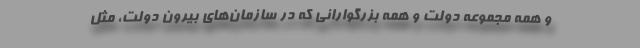
و همه مجموعه دولت و همه بزرگوارانی که در سازمان‌های بیرون دولت، مثل